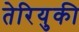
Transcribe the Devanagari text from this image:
तेरियुकी